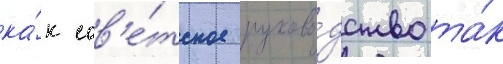
ка́к сов'е́тское руково́дство та́к